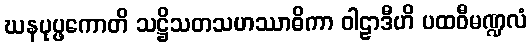
ဃနပုပ္ဖကောတိ သဋ္ဌိသတသဟဿာဓိကာ ဝါဠာဒီဟိ ပထဝီမဏ္ဍလံ